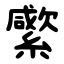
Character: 䌠